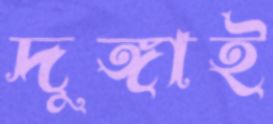
দুঙ্গাই